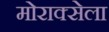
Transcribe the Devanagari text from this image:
मोराक्सेला